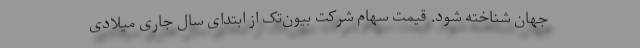
جهان شناخته شود. قیمت سهام شرکت بیون‌تک از ابتدای سال جاری میلادی